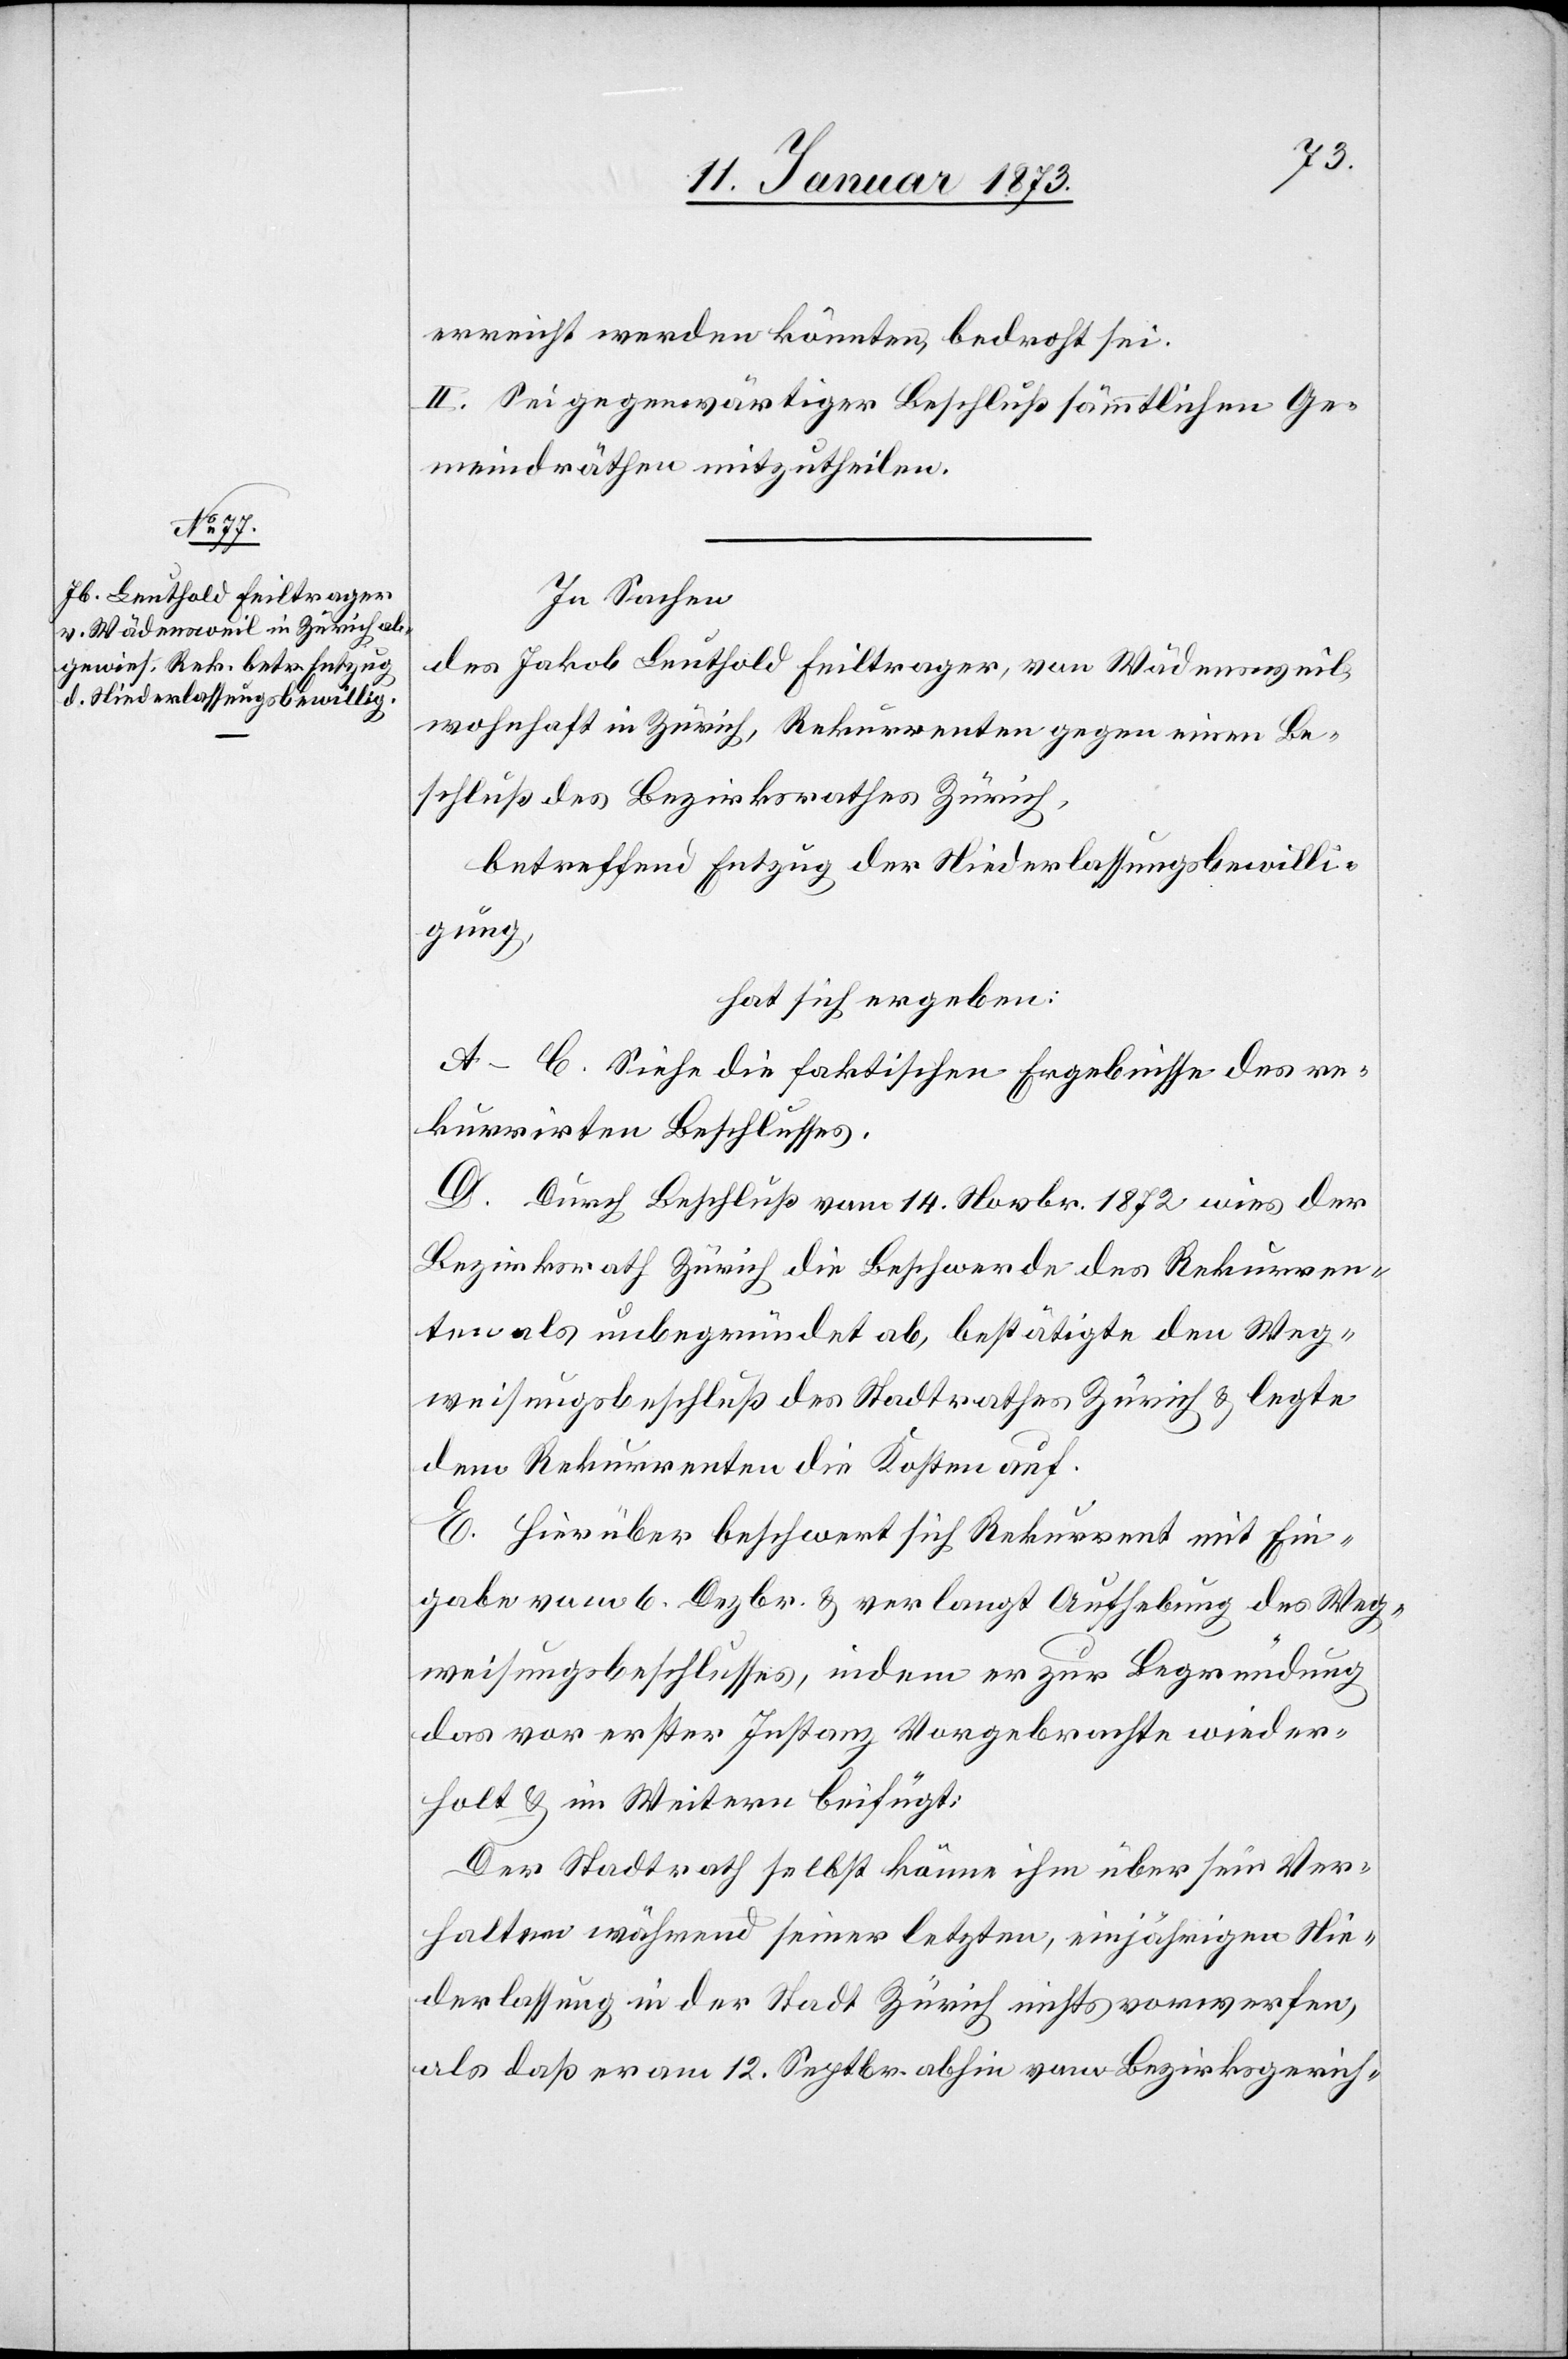
erreicht werden könnten, bedroht sei.
II. Sei gegenwärtiger Beschluß sämmtlichen Ge¬
meindräthen mitzutheilen.
In Sachen
des Jakob Leuthold Feiltrager von Wädensweil,
wohnhaft in Zürich, Rekurrenten gegen einen Be¬
schluß des Bezirksrathes Zürich,
betreffend Entzug der Niederlassungsbewilli¬
gung,
hat sich ergeben:
A–C. Siehe die faktischen Ergebnisse des re¬
kurrirten Beschlusses.
D. Durch Beschluß vom 14. Novbr. 1872 wies der
Bezirksrath Zürich die Beschwerde des Rekurren¬
ten als unbegründet ab, bestätigte den Weg¬
weisungsbeschluß des Stadtrathes Zürich & legte
dem Rekurrenten die Kosten auf.
E. Hierüber beschwert sich Rekurrent mit Ein¬
gabe vom 6. Dezbr. & verlangt Aufhebung des Weg¬
weisungsbeschlusses, indem er zur Begründung
das vor erster Instanz Vorgebrachte wieder¬
holt & im Weitern beifügt:
Der Stadtrath selbst könne ihm über sein Ver¬
halten während seiner letzten, einjährigen Nie¬
derlassung in der Stadt Zürich nichts vorwerfen,
als daß er vom 12. Septbr. abhin vom Bezirksgerich-